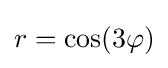
r=\cos(3\varphi )